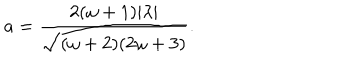
a = \frac { 2 ( \omega + 1 ) | \lambda | } { \sqrt { ( \omega + 2 ) ( 2 \omega + 3 ) } } .